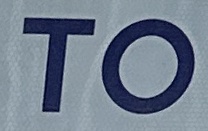
TO